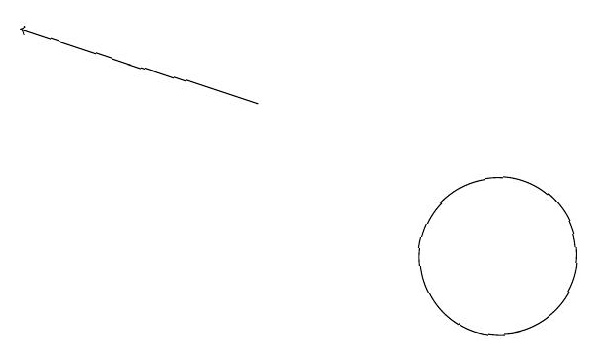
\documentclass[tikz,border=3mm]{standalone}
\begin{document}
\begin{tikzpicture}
\draw (12,12) circle (1);
\draw[->] (9,14) -- (6,15);
\draw (10,11) circle (0);
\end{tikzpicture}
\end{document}